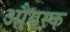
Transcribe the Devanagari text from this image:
औयस्क